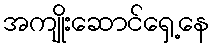
အကျိုးဆောင်ရှေ့နေ